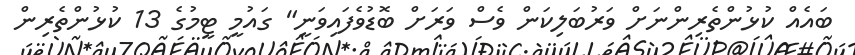
ބައެއް ކުޅުންތެރިންނަށް ވަރުބަލިކަން ވެސް ވަރަށް ބޮޑުވެފައިވަނީ" ގައުމީ ޓީމުގެ 13 ކުޅުންތެރިން